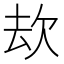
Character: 㰦